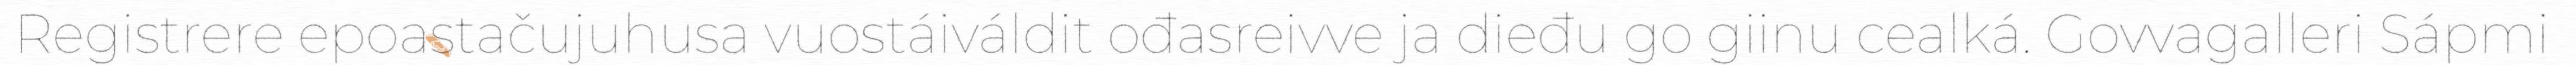
Registrere epoastačujuhusa vuostáiváldit ođasreivve ja dieđu go giinu cealká. Govvagalleri Sápmi